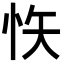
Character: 𭜟